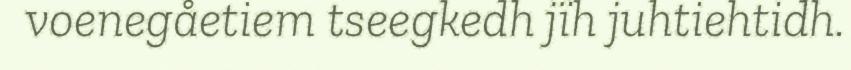
voenegåetiem tseegkedh jïh juhtiehtidh.